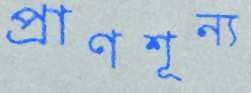
প্রাণশূন্য